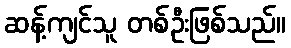
ဆန့်ကျင်သူ တစ်ဦးဖြစ်သည်။